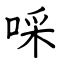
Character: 啋